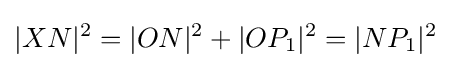
|XN|^{2}=|ON|^{2}+|OP_{1}|^{2}=|NP_{1}|^{2}